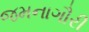
જમનાગૌરી